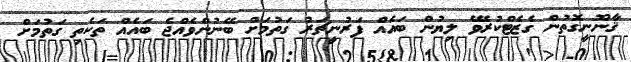
ޤާނޫނީގޮތުން ގެޒެޓްކުރެވޭ ލިޔުން ބައެއް ފަރުނީޗަރު ގަތުމަށް ބޭނުންވެއްޖެ ބައެއް ތަކެތި ގަތުމަށް